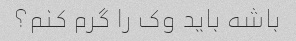
باشه باید وک را گرم کنم؟